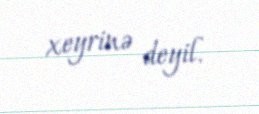
xeyrinə deyil.